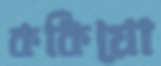
ককিয়ো